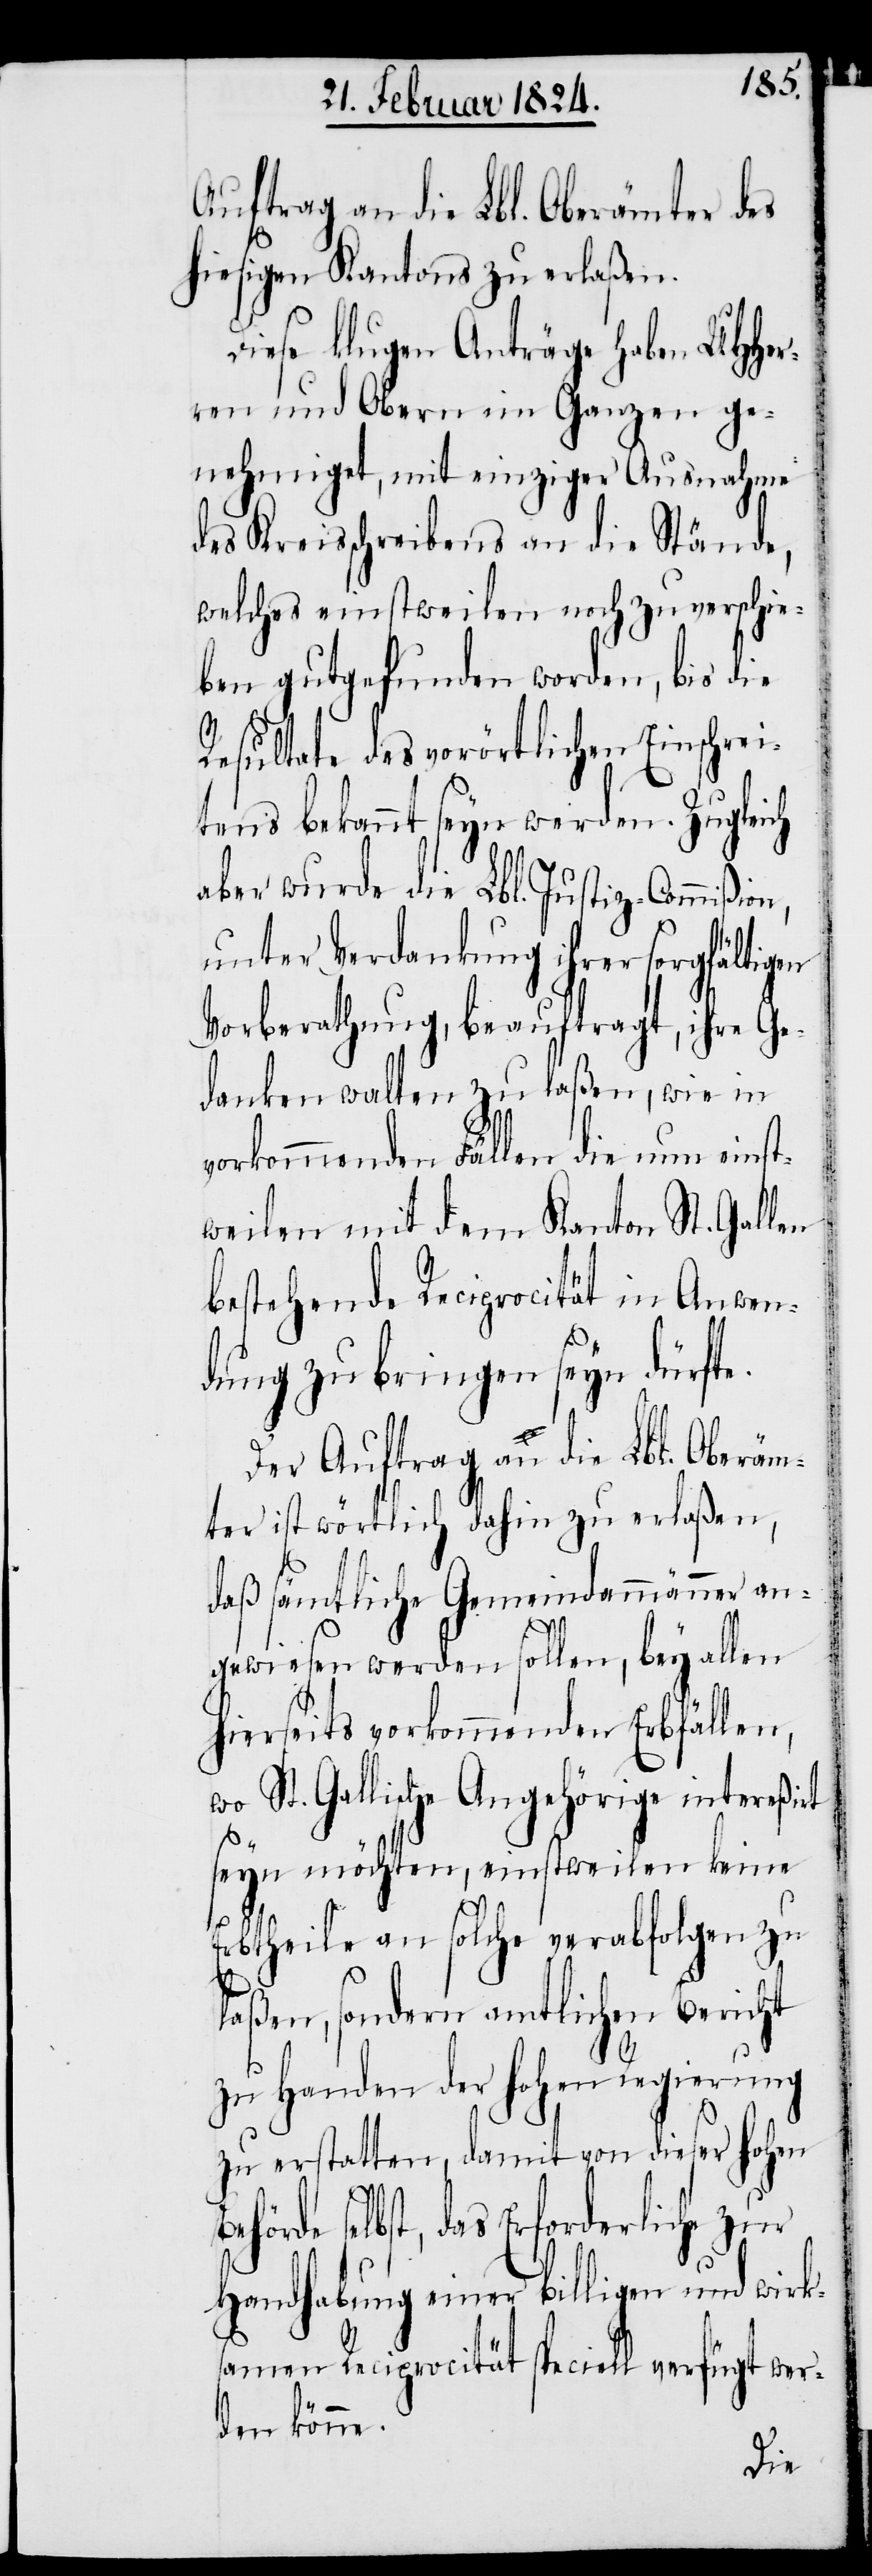
Auftrag an die Lbl. Oberämter des
hiesigen Kantons zu erlaßen.
Diese klugen Anträge haben UHHer¬
ren und Obern im Ganzen ge¬
nehmiget, mit einziger Ausnahme
des Kreisschreibens an die Stände,
welches einstweilen noch zu verschie¬
ben gutgefunden worden, bis die
Resultate des vorörtlichen Einschrei¬
tens bekannt seyn werden. Zugleich
aber wurde die Lbl. Justiz-Commißion,
unter Verdankung ihrer sorgfältig¬
Vorberathung, beauftragt, ihre Ge¬
danken walten zu laßen, wie in
vorkommenden Fällen die nun einst¬
weilen mit dem Kanton St. Gallen
bestehende Reciprocität in Anwen¬
dung zu bringen seyn dürfte.
Der Auftrag an die Lbl. Oberäm¬
ter ist wörtlich dahin zu erlaßen,
daß sämtliche Gemeindammänner an¬
en
gewiesen werden sollen, bey allen
hierseits vorkommenden Erbfällen,
wo St. Gallische Angehörige intereßirt
seyn möchten, einstweilen keine
Erbtheile an solche verabfolgen zu
laßen, sondern amtlichen Bericht
zu Handen der hohen Regierung
zu erstatten, damit von dieser hohen
selbst, das Erforderliche zur
Handhabung einer billigen und wirk¬
samen Reciprocität speciell verfügt wer¬
den könne.